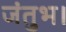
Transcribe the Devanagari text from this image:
जंतुभ।